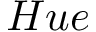
H u e